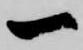
一